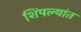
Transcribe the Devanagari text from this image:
शिंपल्यांत